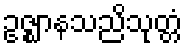
ဥဇ္ဈာနသညိသုတ္တံ